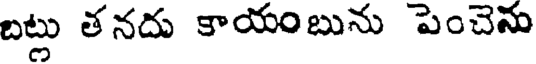
బట్లు తనదు కాయంబును పెంచెను